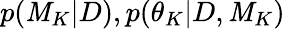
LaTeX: p(\mathit{M}_{K}|D),p(\theta_{K}|D,\mathit{M}_{K})